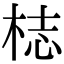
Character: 梽